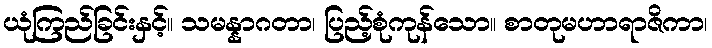
ယုံကြည်ခြင်းနှင့်။ သမန္နာဂတာ၊ ပြည့်စုံကုန်သော။ စာတုမဟာရာဇိကာ၊